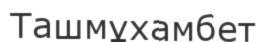
Ташмұхамбет